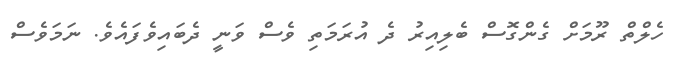
ހެލްތް ރޫމަށް ގެންގޮސް ބެލިއިރު ދެ އުރަމަތި ވެސް ވަނީ ދެބައިވެފައެވެ. ނަމަވެސް